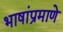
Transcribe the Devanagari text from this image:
भाषांप्रमाणे